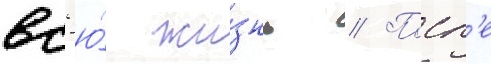
вс'ю́ жи́знь // Посл'е